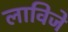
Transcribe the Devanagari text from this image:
लाविजे